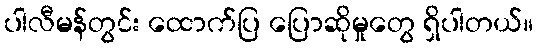
ပါလီမန်တွင်း ထောက်ပြ ပြောဆိုမှုတွေ ရှိပါတယ်။